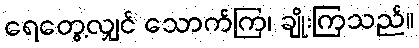
ရေတွေ့လျှင် သောက်ကြ၊ ချိုးကြသည်။